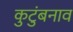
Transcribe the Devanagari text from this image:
कुटुंबनाव